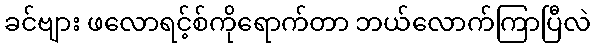
ခင်ဗျား ဖလောရင့်စ်ကိုရောက်တာ ဘယ်လောက်ကြာပြီလဲ